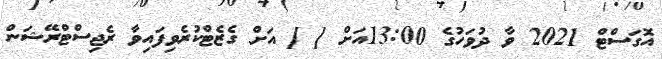
އޮގަސްޓް 2021 ވާ ދުވަހުގެ 13:00އަށް [ ] އަށް ގެޒެޓްކުރެވިފައިވާ ރެޖިސްޓްރޭޝަން